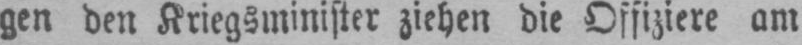
gen den Kriegsminister ziehen die Offiziere am